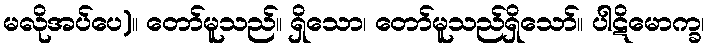
မလိုအပ်ပေ)။ တော်မူသည်။ ရှိသော၊ တော်မူသည်ရှိသော်။ ပါဋိမောက္ခ၊